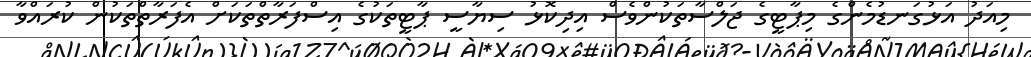
މިއަދު އަޅުގަނޑުމެންގެ މިޕާޓީގެ ޖަލްސާތަކުންވެސް އިދިކޮޅު ސިޔާސީ ޕާޓީތަކުގެ އިސްފަރާތްތަކަށް އެފަރާތްތަކުން ކުރައްވާ